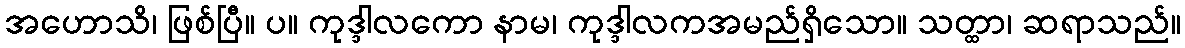
အဟောသိ၊ ဖြစ်ပြီ။ ပ။ ကုဒ္ဒါလကော နာမ၊ ကုဒ္ဒါလကအမည်ရှိသော။ သတ္ထာ၊ ဆရာသည်။